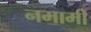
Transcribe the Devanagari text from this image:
नमामी